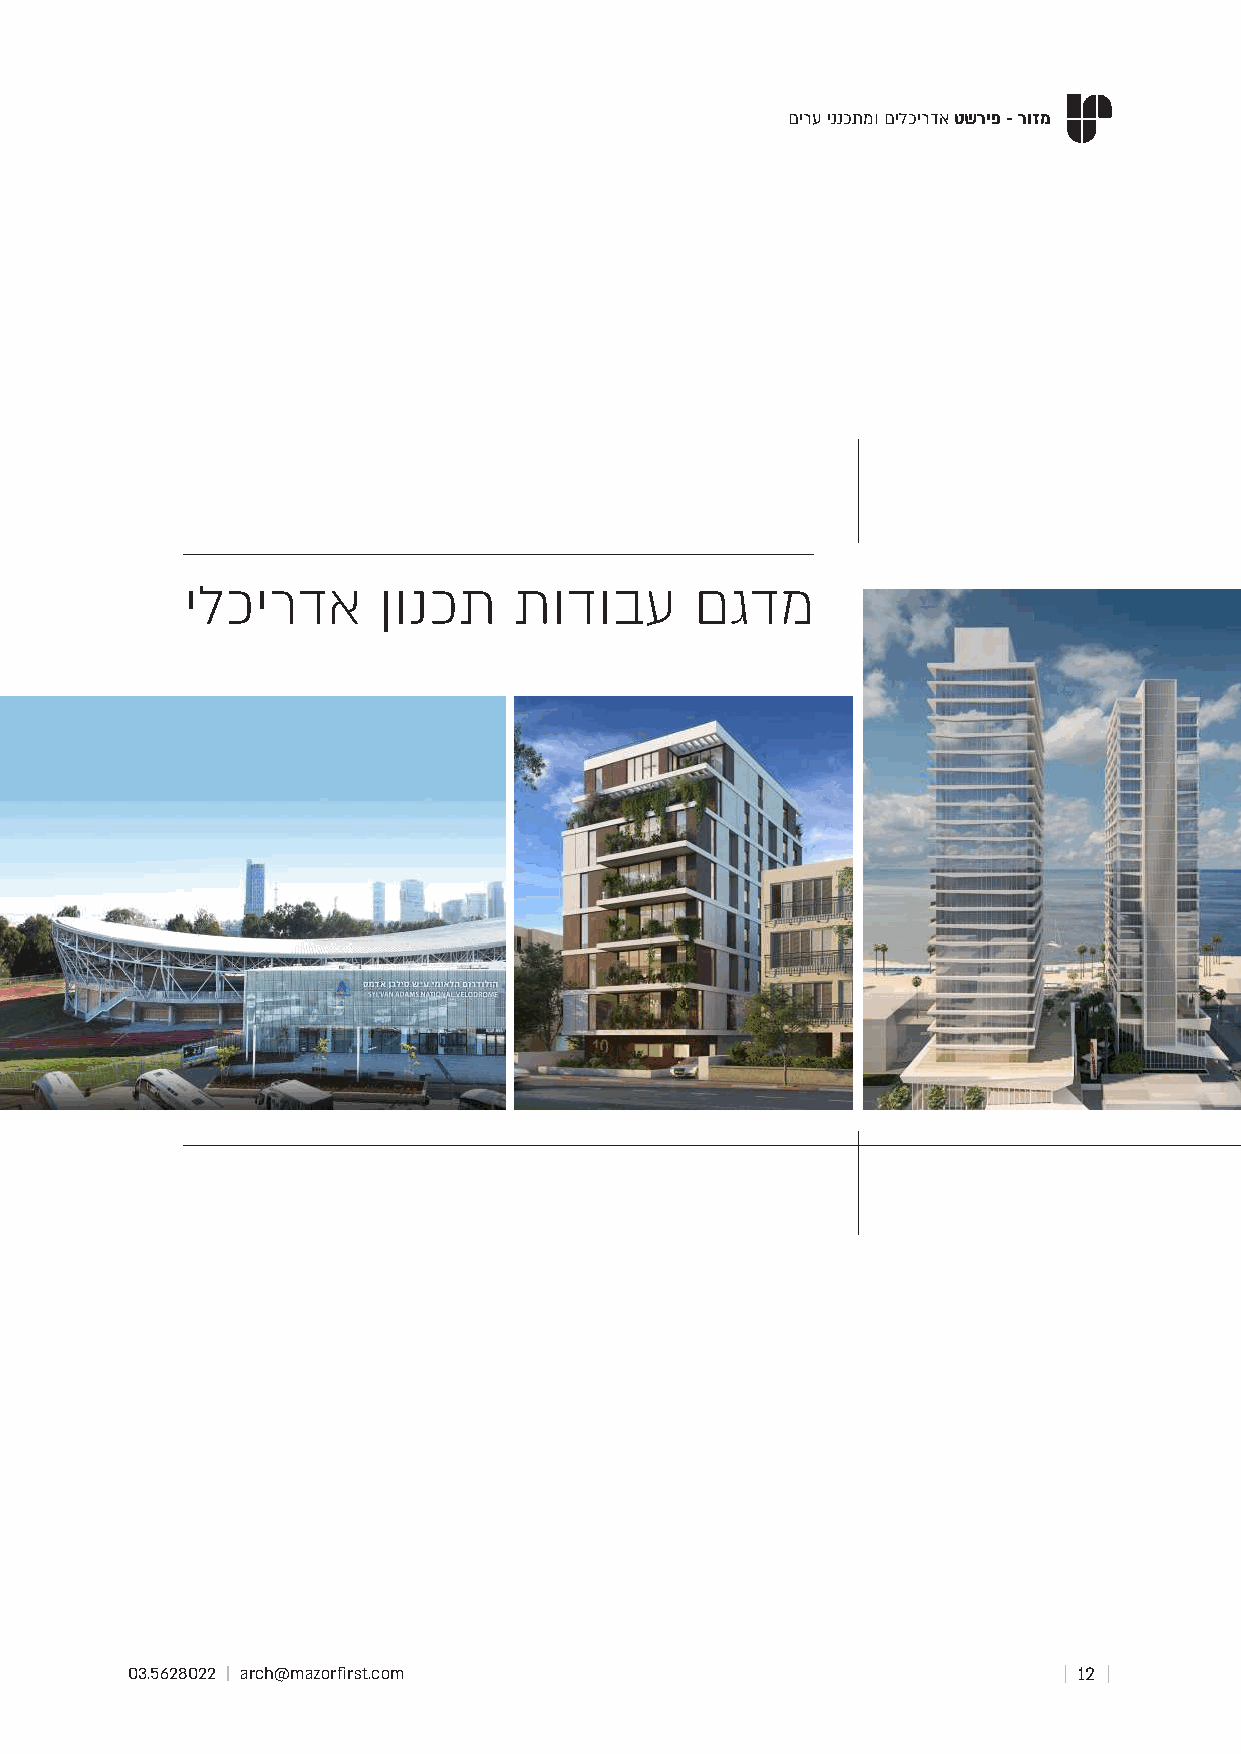
םירע יננכתמו םילכירדא טשריפ - רוזמ
 ילכירדא      ןונכת    תודובע      םגדמ
 03.5628022 | arch@mazorfirst.com                              | 12 |